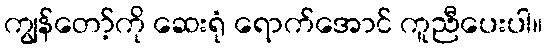
ကျွန်တော့်ကို ဆေးရုံ ရောက်အောင် ကူညီပေးပါ။